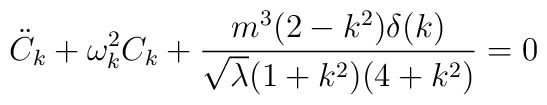
{\ddot C}_k + \omega _k^2 C_k + \frac { m^3 (2 - k^2) \delta (k) }{{\sqrt \lambda}  (1 + k^2)(4+ k^2)} = 0